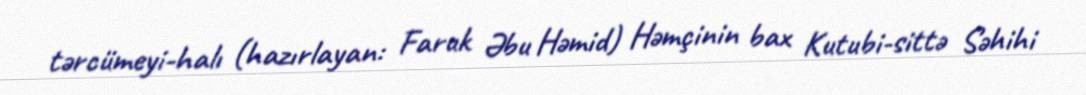
tərcümeyi-halı (hazırlayan: Faruk Əbu Həmid) Həmçinin bax Kutubi-sittə Səhihi